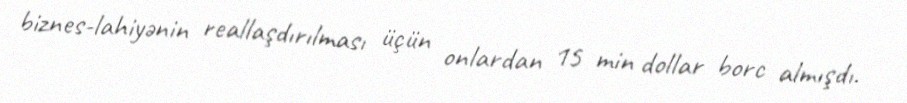
biznes-lahiyənin reallaşdırılması üçün onlardan 15 min dollar borc almışdı.